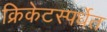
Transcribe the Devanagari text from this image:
क्रिकेटस्पर्धेत